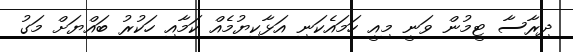
ދިރާސާ ޓީމުން ވަނީ މިއީ ހަމައެކަނި އަޅާކިޔުމެއް ކަމާއި ހަކުރު ބައްޔަށް މަގު